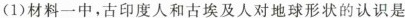
(1)材料一中，古印度人和古埃及人对地球形状的认识是